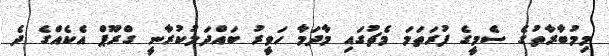
މިމުބާރާތުގެ ސެމީގެ ފުރަތަމަ މެޗުގައި މާދަމާ ހަވީރު ބައްދަލުކުރާނީ ގްރޫޕް އެކެއްގެ ދެ